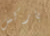
باركس